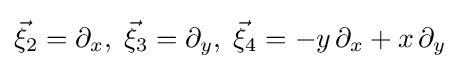
{\vec {\xi }}_{2}=\partial _{x},\;{\vec {\xi }}_{3}=\partial _{y},\;{\vec {\xi }}_{4}=-y\,\partial _{x}+x\,\partial _{y}